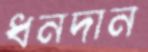
ধনদান